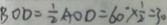
B O D = \frac { 1 } { 2 } A O D = 6 0 ^ { \circ } \times \frac { 1 } { 2 } = 3 0